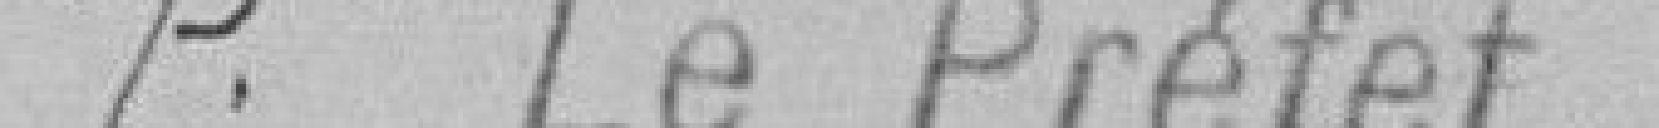
P. Le Préfet,